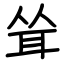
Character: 耸